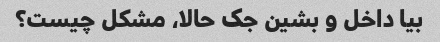
بیا داخل و بشین جک حالا، مشکل چیست؟